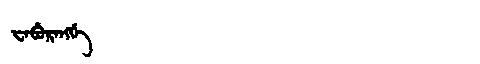
Manchu: ᠸᠠᠪᡠᡵᠠᠩᡤᡝ
Romanization: WABURANGGE